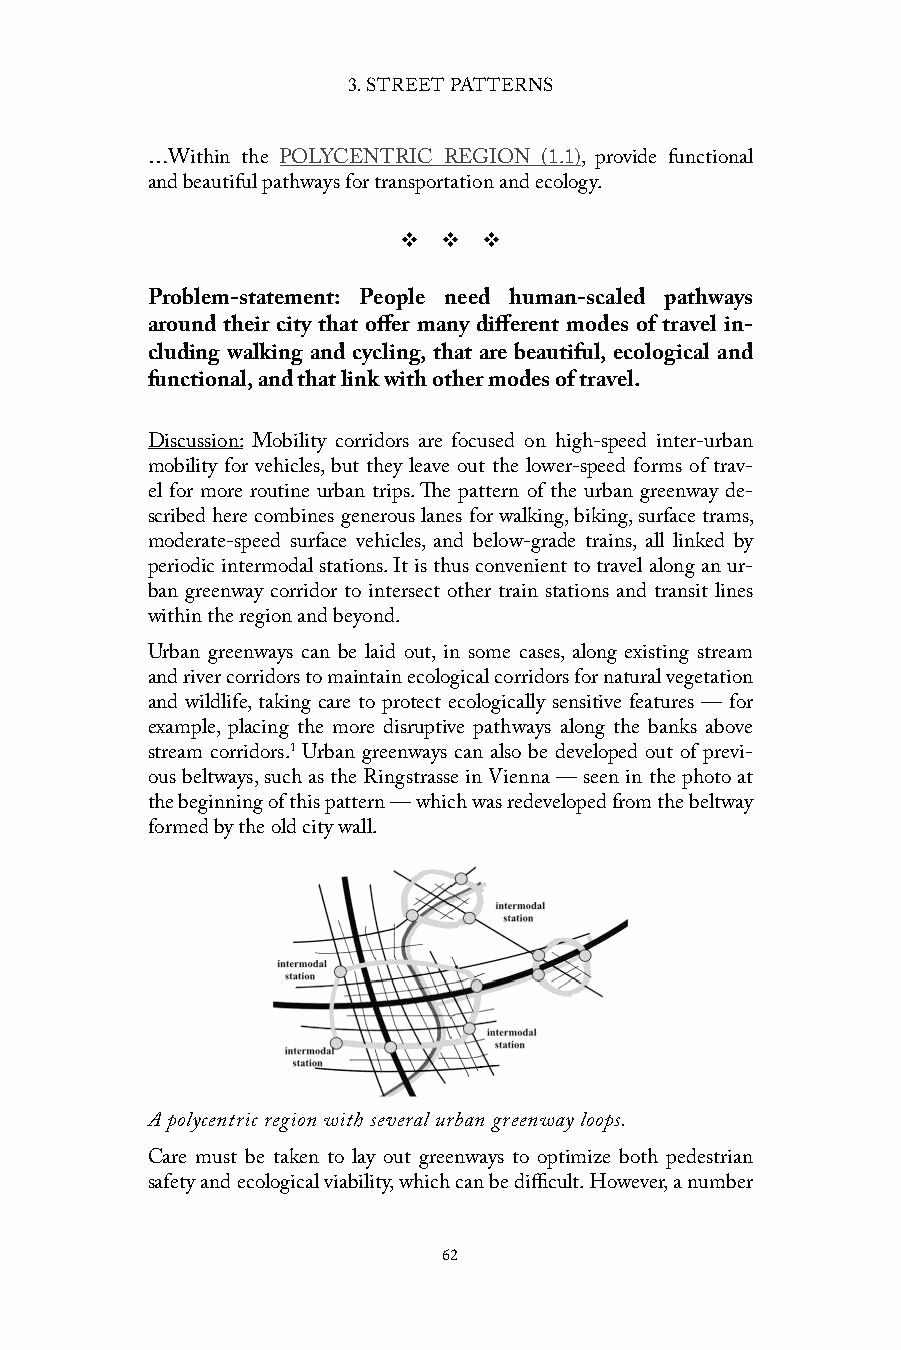
3. STREET PATTERNS
 …Within the POLYCENTRIC REGION (1.1), provide functional
 and beautiful pathways for transportation and ecology.
 v  v  v
 Problem-statement: People need human-scaled pathways
 around their city that offer many different modes of travel in-
 cluding walking and cycling, that are beautiful, ecological and
 functional, and that link with other modes of travel.
 Discussion: Mobility corridors are focused on high-speed inter-urban
 mobility for vehicles, but they leave out the lower-speed forms of trav-
 el for more routine urban trips. The pattern of the urban greenway de-
 scribed here combines generous lanes for walking, biking, surface trams,
 moderate-speed surface vehicles, and below-grade trains, all linked by
 periodic intermodal stations. It is thus convenient to travel along an ur-
 ban greenway corridor to intersect other train stations and transit lines
 within the region and beyond.
 Urban greenways can be laid out, in some cases, along existing stream
 and river corridors to maintain ecological corridors for natural vegetation
 and wildlife, taking care to protect ecologically sensitive features — for
 example, placing the more disruptive pathways along the banks above
 stream corridors.1 Urban greenways can also be developed out of previ-
 ous beltways, such as the Ringstrasse in Vienna — seen in the photo at
 the beginning of this pattern — which was redeveloped from the beltway
 formed by the old city wall.
 A polycentric region with several urban greenway loops.
 Care must be taken to lay out greenways to optimize both pedestrian
 safety and ecological viability, which can be difficult. However, a number
 62